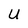
Character: U